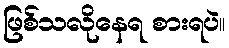
ဖြစ်သလိုနေရ စားရပဲ။